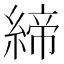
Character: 締